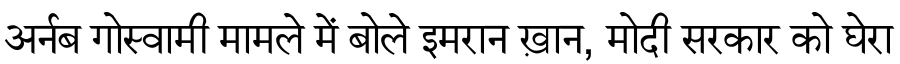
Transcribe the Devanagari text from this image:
अर्नब गोस्वामी मामले में बोले इमरान ख़ान, मोदी सरकार को घेरा